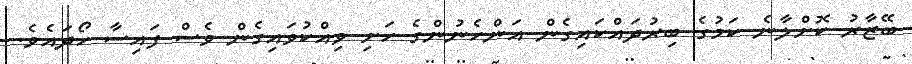
ބޭޒާރު ކޮށްލާނެ ކަމުގެ ބިރުދައްކައިގެން އަންހެނުންގެ ހަށި ވިއްކުވައިގެން ވެސް ފައިސާ ހޯދައެވެ.